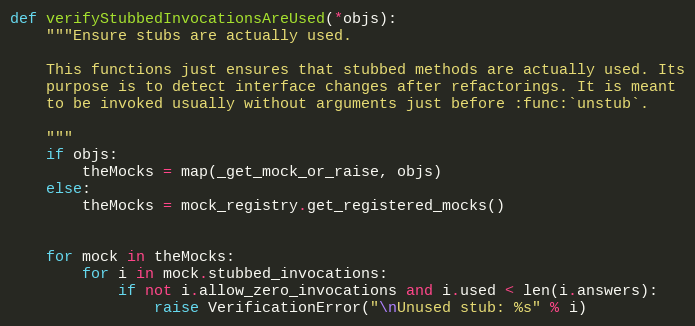
Language: Python
def verifyStubbedInvocationsAreUsed(*objs):
    """Ensure stubs are actually used.

    This functions just ensures that stubbed methods are actually used. Its
    purpose is to detect interface changes after refactorings. It is meant
    to be invoked usually without arguments just before :func:`unstub`.

    """
    if objs:
        theMocks = map(_get_mock_or_raise, objs)
    else:
        theMocks = mock_registry.get_registered_mocks()

    for mock in theMocks:
        for i in mock.stubbed_invocations:
            if not i.allow_zero_invocations and i.used < len(i.answers):
                raise VerificationError("\nUnused stub: %s" % i)